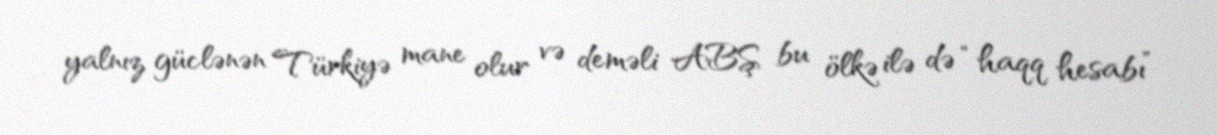
yalnız güclənən Türkiyə mane olur və deməli ABŞ bu ölkə ilə də “haqq hesabı”